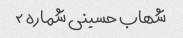
شهاب حسینی شماره ۲